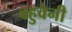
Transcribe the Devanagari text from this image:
बहुवैनी